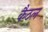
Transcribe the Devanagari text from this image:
कैठल